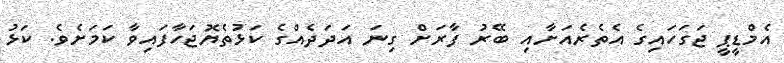
އެމްޑީޕީ ޖަގަހައިގެ އެތެރެއަށާއި ބޭރު ފާރަށް ގިނަ އަދަދެއްގެ ކަޅުތެޔޮޖަހާފައިވާ ކަމަށެވެ. ކަޅު